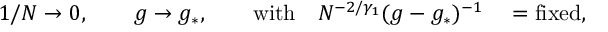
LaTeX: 1 / N \rightarrow 0 , \qquad g \rightarrow g _ { * } , \qquad \mathrm { w i t h } \quad N ^ { - 2 / \gamma _ { 1 } } ( g - g _ { * } ) ^ { - 1 } \quad = \mathrm { f i x e d , }